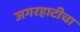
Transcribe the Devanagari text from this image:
जगरहाटीचा